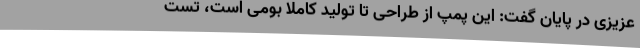
عزیزی در پایان گفت: این پمپ از طراحی تا تولید کاملا بومی است، تست